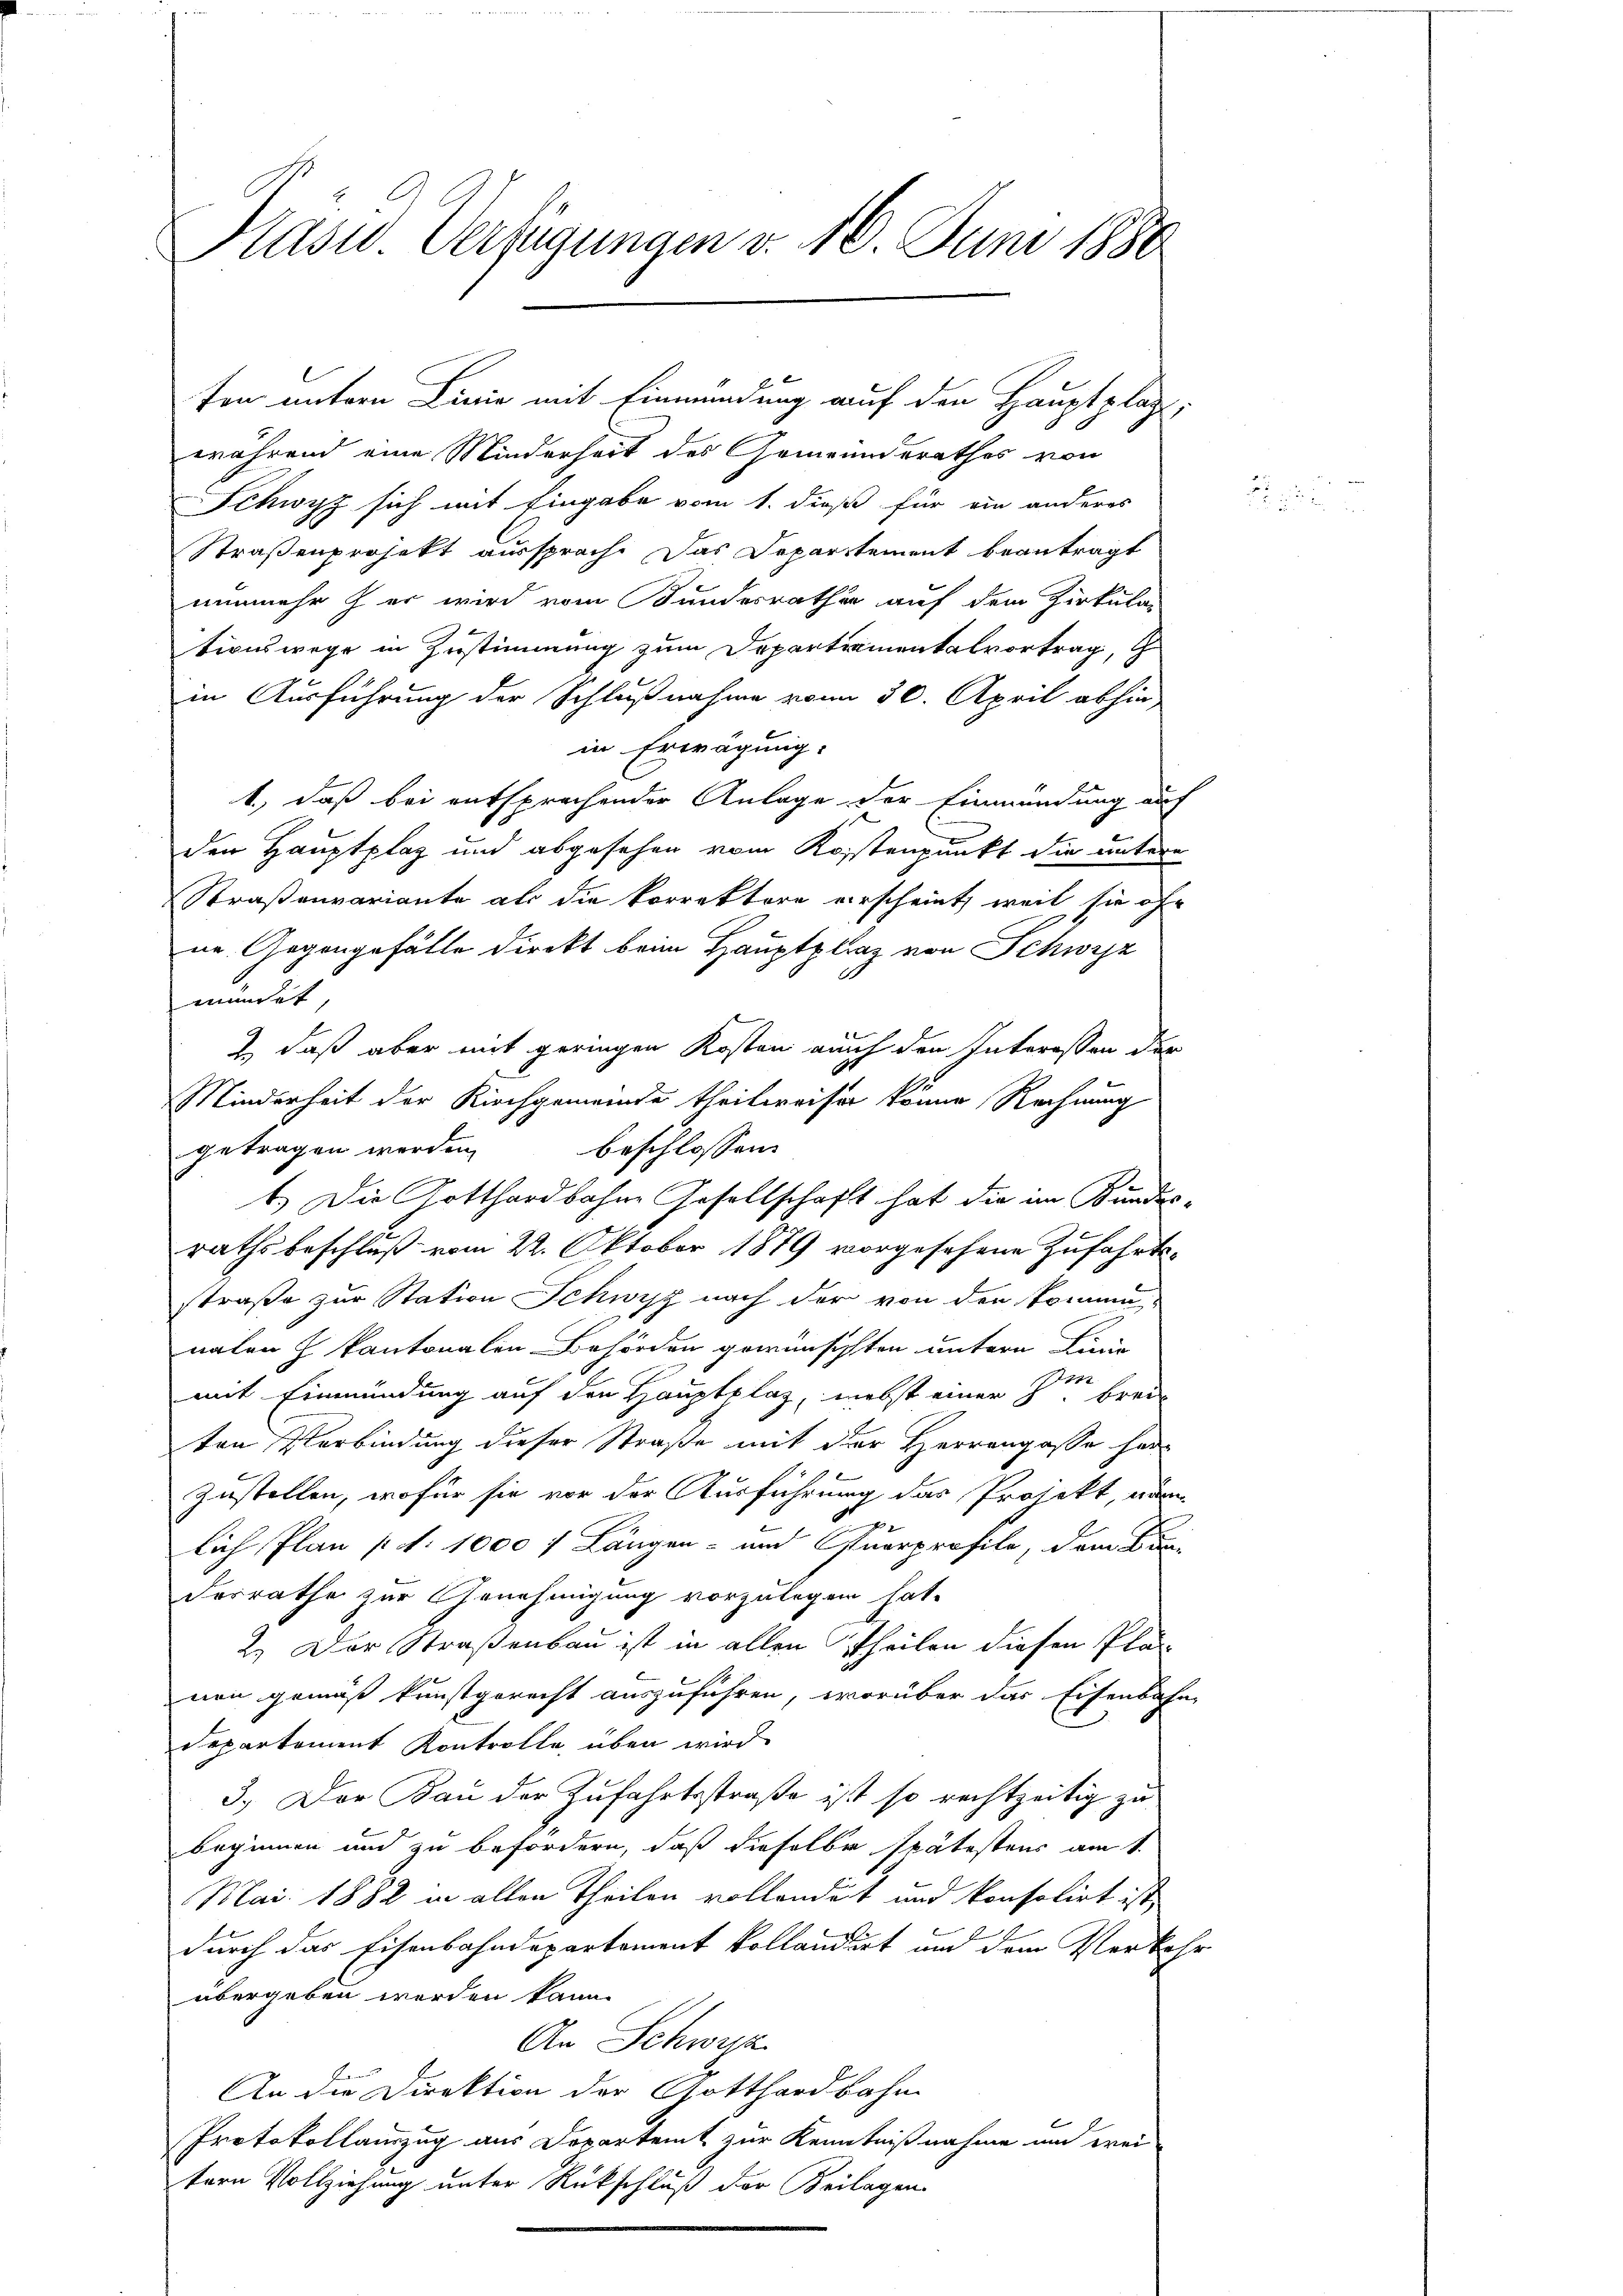
ton untern Linie mit Einmündung auf den Hauptplatz,
während eine Minderheit des Gemeinderathes von
Schwyz sich mit Eingabe vom 1. dieß für ein anderes
Straßenprojekt aussprach. Das Departement beantragt
nunmehr z er wird vom Bundesrathe auf dem Zirkular
tionswege in Zustimmung zum Departementalvortrag,
in Ausführung der Schlußnahme vom 30. April abhin
in Erwägung.
1., daß bei entsprachender Anlage der Einmündung auf
den Hauptplaz und abgesehen vom Kostenpunkt die untere
Straßenvariante als die korrektore verscheint, weil sie of
ne. Gegengefälle direkt beim Hauptplaz von Schwyz
mündet
Z., daß aber mit geringen Kosten auch den Interessen der
Minderheit der Kirchgemeinde theilweiser könne Rechnung
beschlossen:
getragen werden,
1.) Die Gotthardbahne Gesellschaft hat die im Bundesrathsbeschluß vom 22. Oktober 1879 vorgesehene Zufahrtsstraße zur Station Schwyz nach der von den kommenaten h kantonalen Behörden gewünschten untern Linie
mit Einmündung auf den Hauptplaz, nebst einer See brei-
ten Verbindung dieser Straße mit der Herrengasse herzustellen, wofür sie vor der Ausführung des Projekt, num
2
lich Plan pr. 1000 f Längen- und Querprofile, dem Canderrathe zur Genehmigung vorzulegen hat.
2.) Der Straßenbau ist in allen Theilen diesen Plän
von gemäß kunstgerecht auszuführen, worüber das Eisenbahn
Departement Kontrolle über wird
3.) Der Bau der Zufahrtsstraße ist so rechtzeitig zu
beginnen und zu befordern, daß dieselbe spätestens am 1.
Mai. 1882 in allen Theilen vollenduct und konsolirt ist,
durch das Eisenbahndepartement kollaudiert und dem Verkehr
übergeben werden kann.
An Schwyz
An die Direktion der Gotthardbahn
Protokollauszug aus Departemt zur Kenntnißnahme und wei
tern Vollziehung unter Rückschluß der Beilagen

Präsid Verfügungen v. 10. Juni 1880